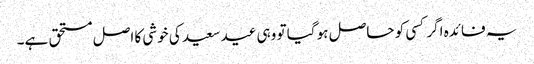
یہ فائدہ اگر کسی کو حاصل ہو گیا تو وہی عید سعید کی خوشی کا اصل مستحق ہے۔